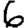
Digit: 6